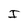
Character: I